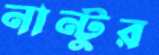
নান্টুর